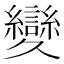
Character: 𦇥